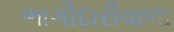
ભાગીદારીવાળા